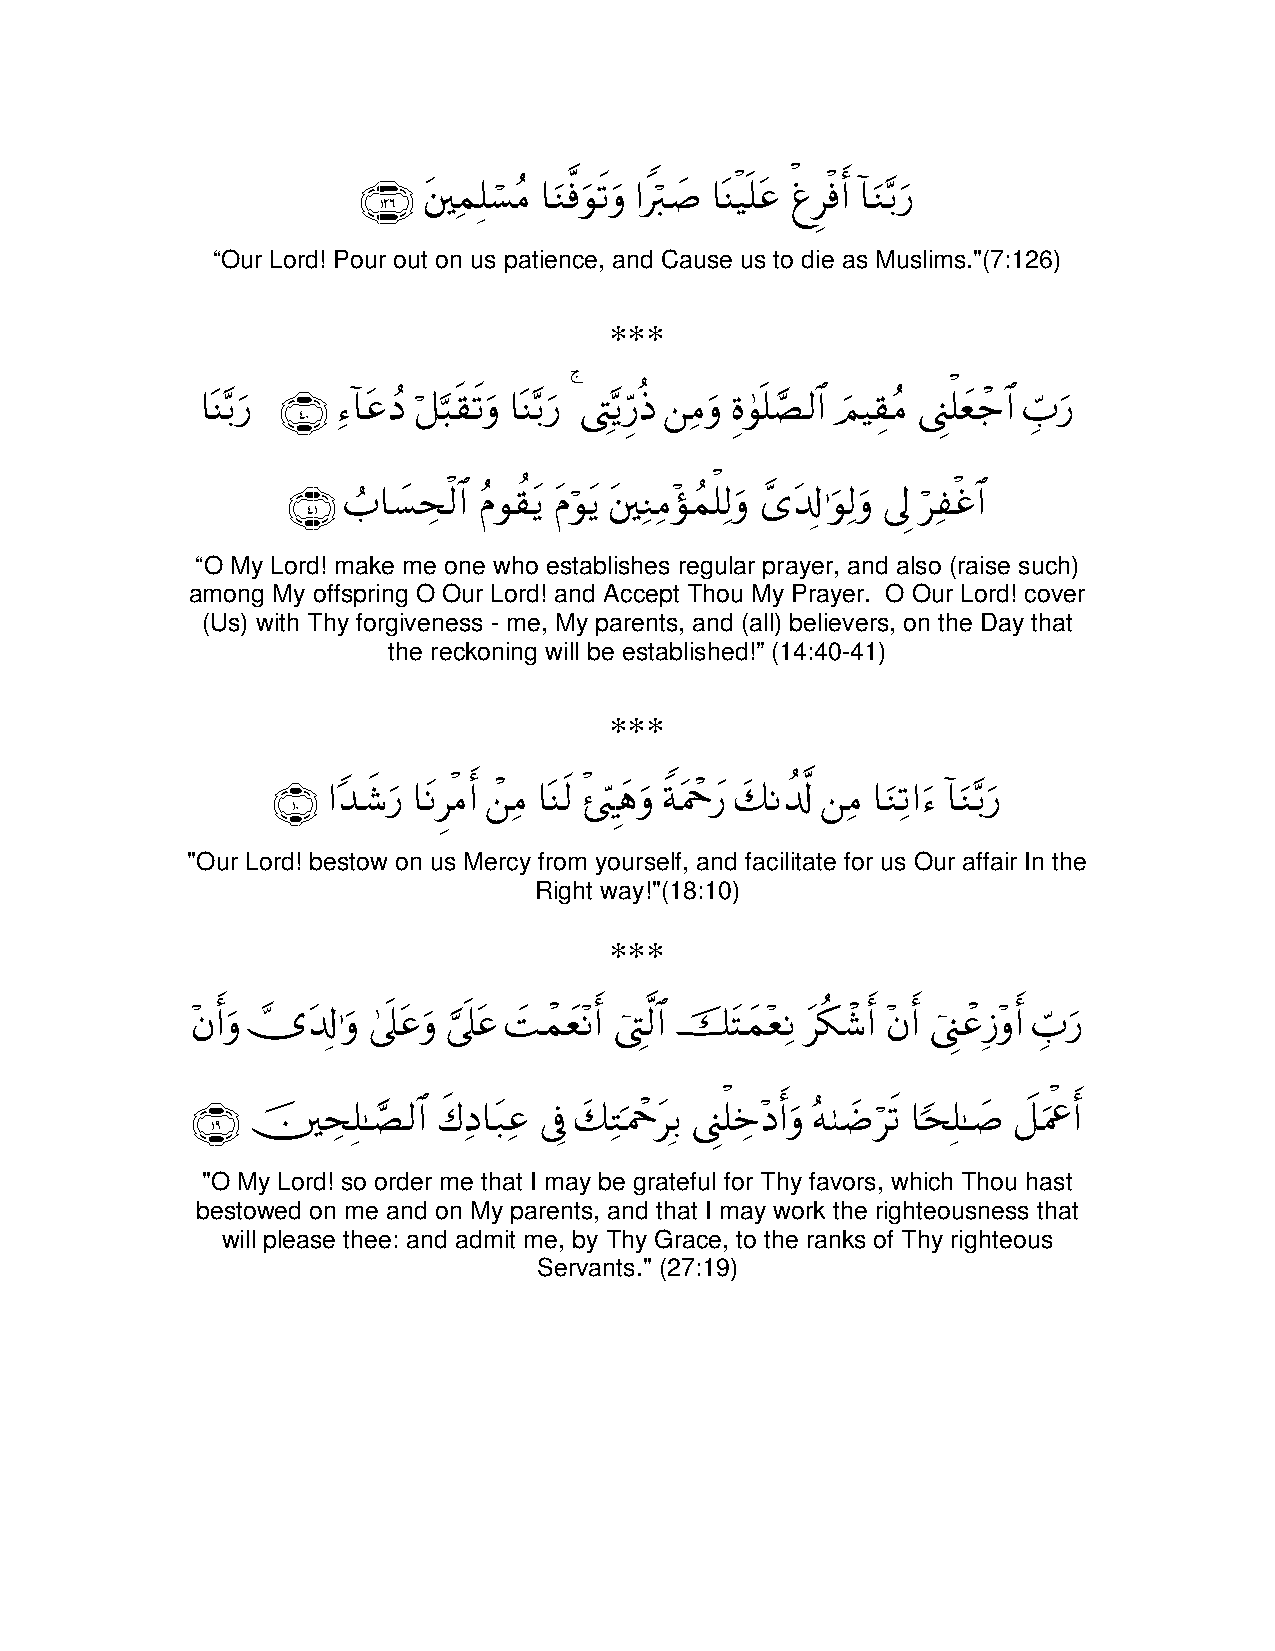
∩⊇⊄∉∪ tϑ=¡Β $uΖùuθs?uρ #9|¹ $oΨ‹n=tã øùr& !$uΖ/u‘
 Ï Î ó ã ©    Z ö   ø  ù Ì ø  −
 “Our Lord! Pour out on us patience, and Cause us to die as Muslims."(7:126)
 ***
 $oΨ/u‘ ∩⊆⊃∪ !$tãŠ ≅6s)s?uρ $oΨ/u‘ Lƒ‘Œ Βuρ ο4θn=Á9$# zΟŠ)Β _=yè_$# >u‘
 −      Ï   ß ö ¬    −  4 É − Íh è Ï Í ¢    É ã Í ù ô Éb
 $!
 ∩⊆⊇∪ >$|¡s9$# Πθ)tƒ tΠθtƒ tΖΒσϑ=9uρ “t ≡uθ9uρ ’< "î$#
 Ü    Å ø ã à   ö   Ï Ï ÷ ß ù Ï £ Î Ï Í ö Ï ø
 “O My Lord! make me one who establishes regular prayer, and also (raise such)
 among My offspring O Our Lord! and Accept Thou My Prayer. O Our Lord! cover
 (Us) with Thy forgiveness - me, My parents, and (all) believers, on the Day that
 the reckoning will be established!” (14:40-41)
 ***
 $!
 ∩⊇⊃∪ #‰x©u‘ $tΡΒr& Β $oΨs9 ⋅÷yδuρ πtΗqy‘ y7Ρ Β $uΖ?#u !$uΖ/u‘
 Y      Ì ø ô Ï   ø Äh Z ô     à © Ï   Ï   −
 "Our Lord! bestow on us Mercy from yourself, and facilitate for us Our affair In the
 Right way!"(18:10)
 ***
 $!                       
 βr&uρ ”t ≡uρ 4’n?tãuρ ’n?tã |MϑyèΡr& L9$# š tFyϑèΡ t3©r& βr& _ã—ρr& >u‘
 ÷   ā    Î       ¥     ô  ÷ û É ©     ÷ Ï ä ô ÷  û Í ô Î ÷ Éb
 8
 ∩⊇∪ šs=≈Á9$# x8Š$t7ã ’û y7GpΗqt/ _=zŠr&uρ µ |Ês? $s=≈|¹ Ÿ≅uΗår&
 Å Î ¢     Ï  Ï  Î  Ï ô Î  Í ù Å ÷ ç  ö  [ Î      ù
 "O My Lord! so order me that I may be grateful for Thy favors, which Thou hast
 bestowed on me and on My parents, and that I may work the righteousness that
 will please thee: and admit me, by Thy Grace, to the ranks of Thy righteous
 Servants." (27:19)